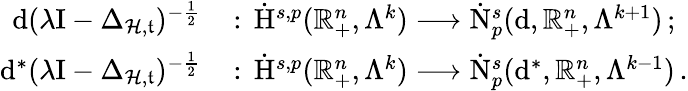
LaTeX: \begin{array}{rl}{\mathrm{d}(\lambda\mathrm{I}-\Delta_{\mathcal{H},\mathfrak{t}})^{-\frac{1}{2}}\, }&{:\, \dot{\mathrm{H}}^{s,p}(\mathbb{R}_{+}^{n},\Lambda^{k})\longrightarrow\dot{\mathrm{N}}_{p}^{s}(\mathrm{d},\mathbb{R}_{+}^{n},\Lambda^{k+1})\, ;}\\ {\mathrm{d}^{\ast}(\lambda\mathrm{I}-\Delta_{\mathcal{H},\mathfrak{t}})^{-\frac{1}{2}}\, }&{:\, \dot{\mathrm{H}}^{s,p}(\mathbb{R}_{+}^{n},\Lambda^{k})\longrightarrow\dot{\mathrm{N}}_{p}^{s}(\mathrm{d}^{\ast},\mathbb{R}_{+}^{n},\Lambda^{k-1})\, .}\end{array}